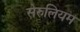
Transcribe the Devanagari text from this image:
सेरुलियम